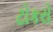
ટોકરો